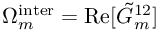
\Omega _ { m } ^ { \mathrm { i n t e r } } = \mathrm { R e } [ \tilde { G } _ { m } ^ { 1 2 } ]